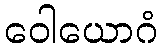
ဝေါယောဂံ